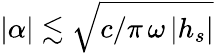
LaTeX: |\alpha|\lesssim\sqrt{c/\pi\, \omega\, |h_{s}|}